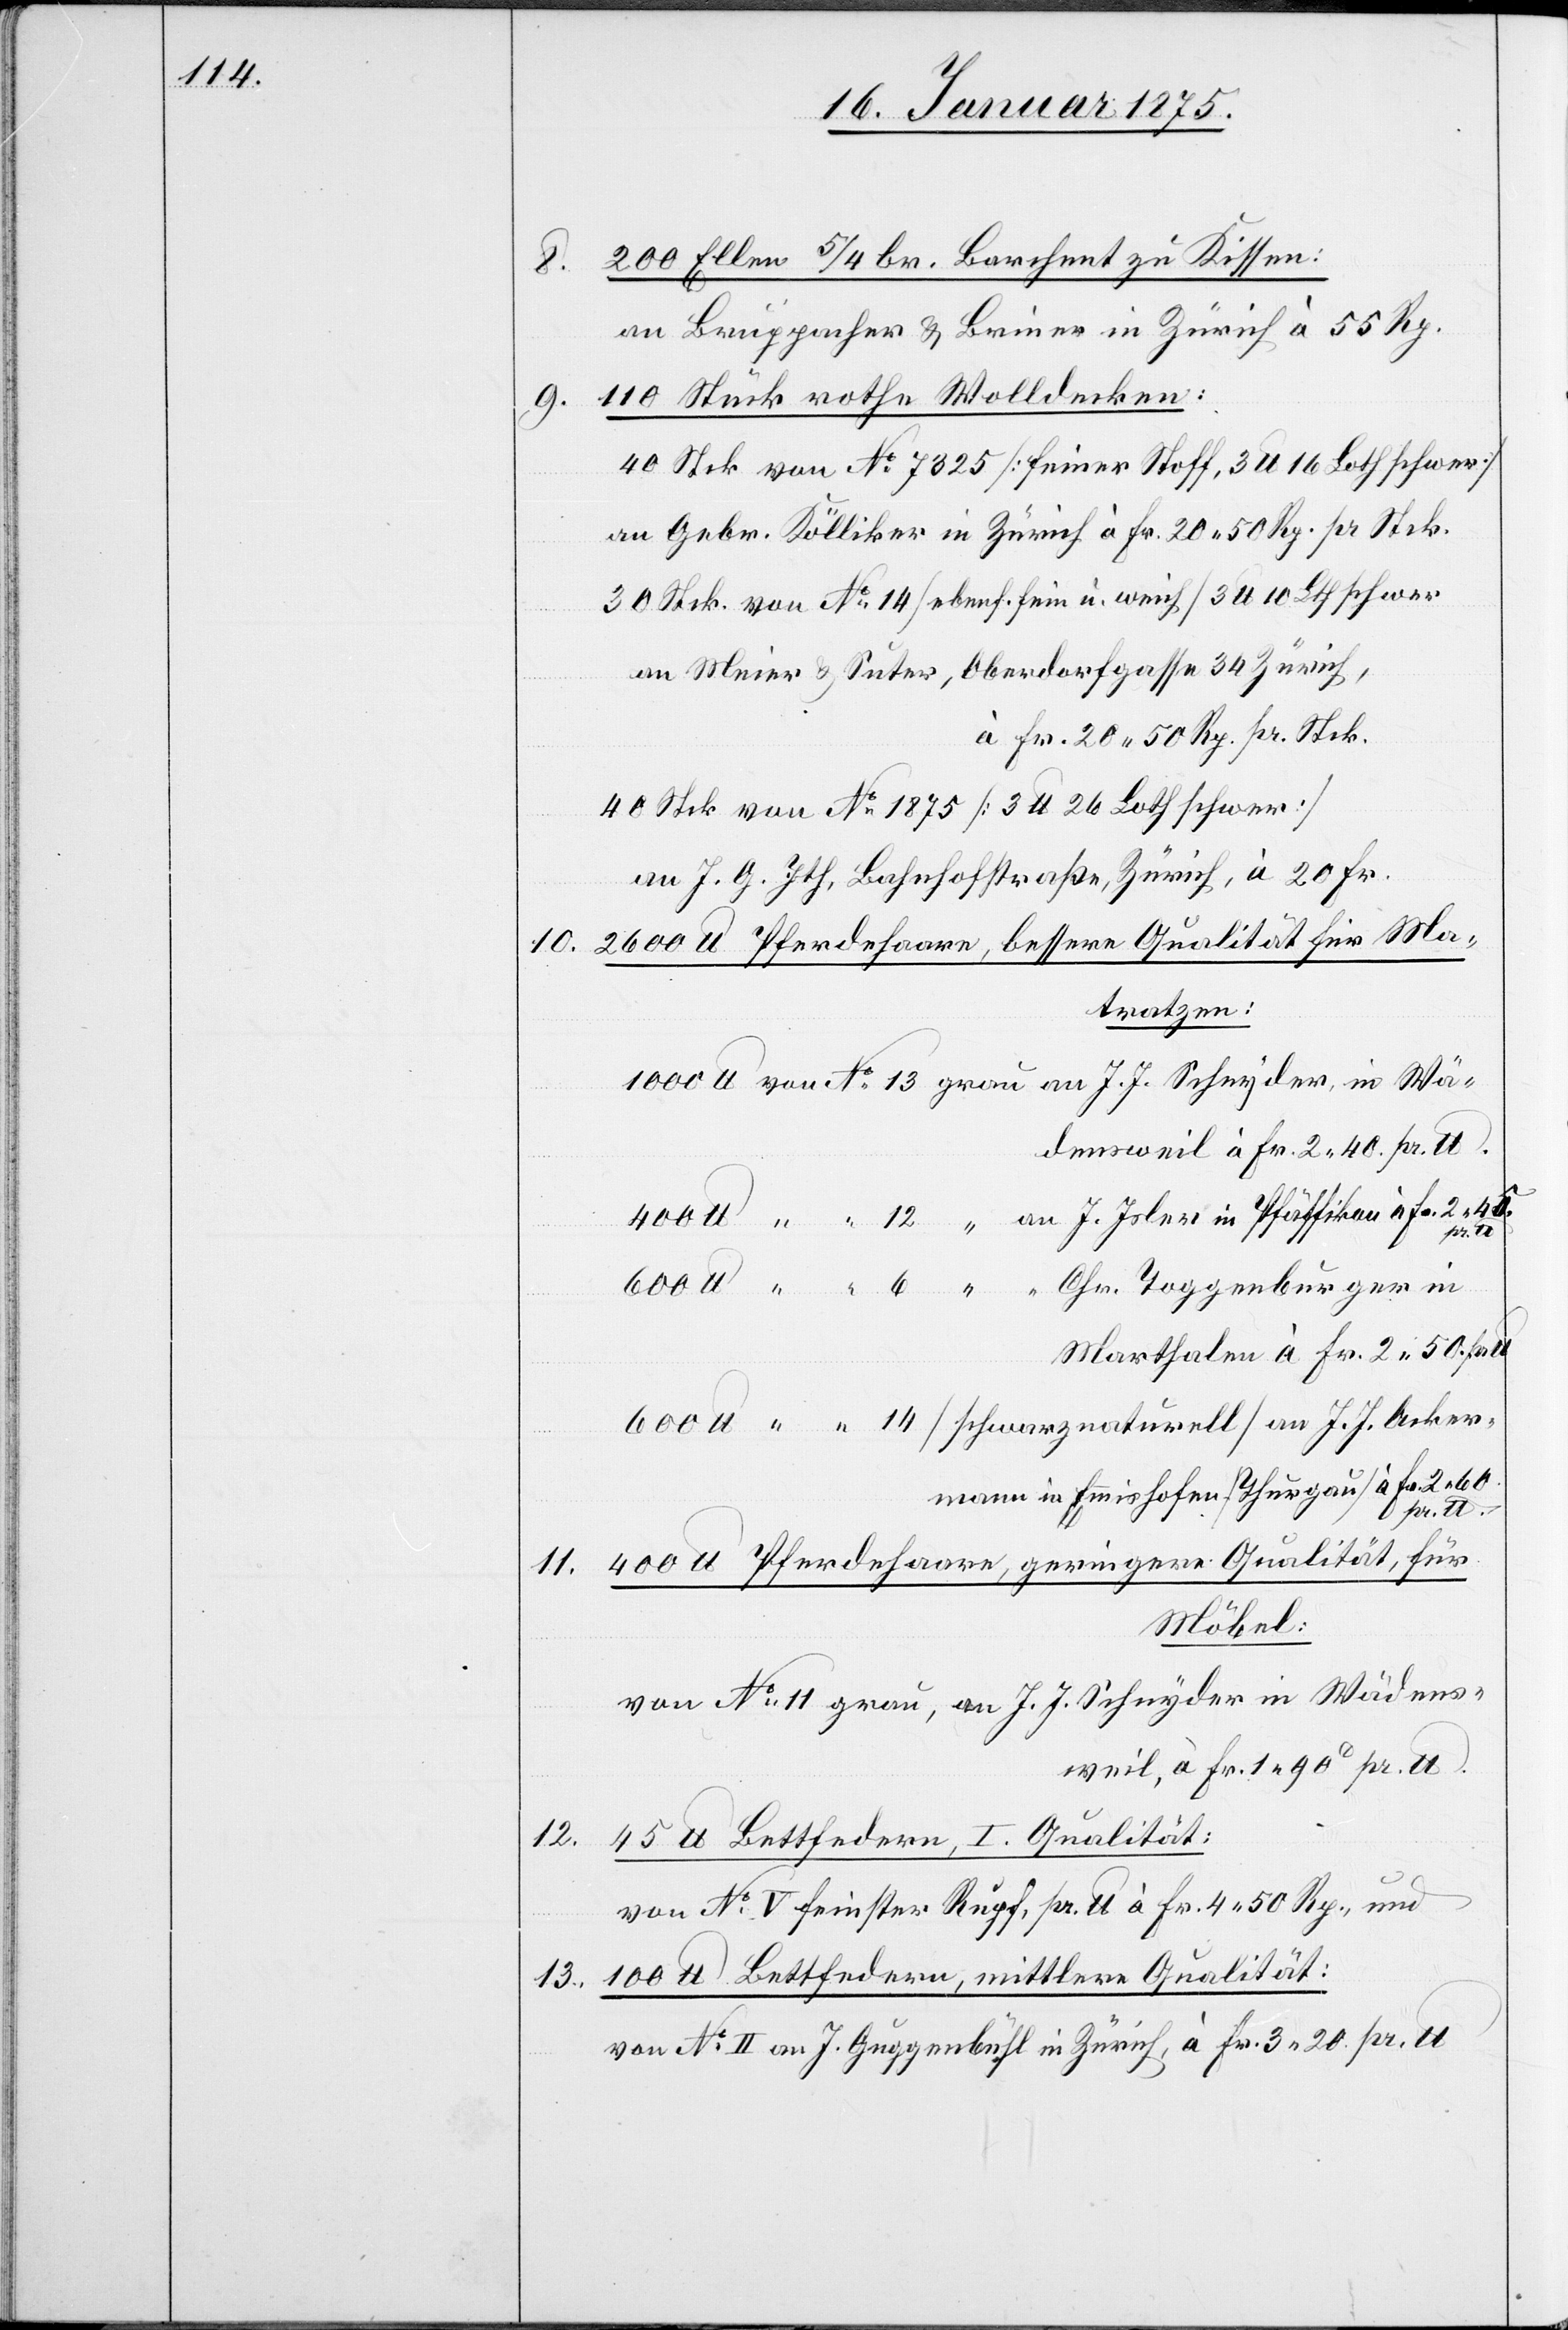
200 Ellen 5/4 br. Barchent zu Kissen:
an Bruppacher & Briner in Zürich à 55 Rp.
9. 110 Stück rothe Wolldecken:
40 Stck von No 7325 (feiner Stoff, 3 lb 16 Loth schwer)
an Gebr. Kölliker in Zürich à Fr. 20. 50 Rp. pr Stck.
30 Stck. von No 14 (ebenf. fein u. weich) 3 lb 10 Loth schwer
an Meier & Suter, Oberdorfgasse 34, Zürich,
à Fr. 20. 50 Rp. pr. Stck.
40 Stck von No 1875 (3 lb 26 Loth schwer)
an J. G. Ith, Bahnhofstraße, Zürich, à 20 Fr.
10. 2600 lb Pferdehaare, bessere Qualität für Ma¬
tratzen:
1000 lb von No 13 grau an J. J. Schnyder, in Wä¬
densweil à Fr. 2. 40 pr. lb.
400 lb “ “ 12 “ an J. Isler in Pfäffikon à Fr. 2. 45
pr. lb
600 lb “ “ 6 “ “ Chr. Toggenburger in
Marthalen à Fr. 2. 50 pr.
600 lb “ “ 14 (schwarznaturell) an J. J. Acker¬
mann in Emmishofen (Thurgau) à Fr. 2. 60.
pr. lb.
11. 400 lb Pferdehaare, geringere Qualität, für
Möbel:
von No 11 grau, an J. J. Schnyder in Wädens¬
weil, à Fr. 1. 90 pr. lb.
12. 45 lb Bettfedern, I. Qualität:
von No V feinster Rupf, pr. lb à Fr. 4. 50 Rp., und
13. 100 lb Bettfedern, mittlere Qualität:
von No II an J. Guggenbühl in Zürich, à Fr. 3. 20 pr. lb